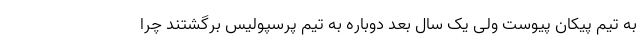
به تیم پیکان پیوست ولی یک سال بعد دوباره به تیم پرسپولیس برگشتند چرا